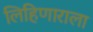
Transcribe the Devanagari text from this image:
लिहिणाराला